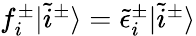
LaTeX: \begin{array}{r}{f_{i}^{\pm}|\tilde{i}^{\pm}\rangle=\tilde{\epsilon}_{i}^{\pm}|\tilde{i}^{\pm}\rangle}\end{array}